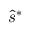
\hat { s } ^ { * }